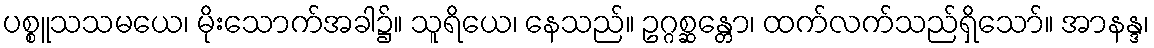
ပစ္စူသသမယေ၊ မိုးသောက်အခါ၌။ သူရိယေ၊ နေသည်။ ဥဂ္ဂစ္ဆန္တော၊ ထက်လက်သည်ရှိသော်။ အာနန္ဒ၊